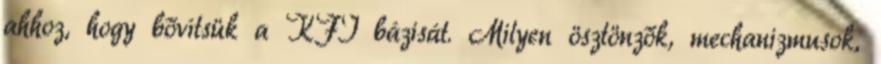
ahhoz, hogy bővítsük a KFI bázisát. Milyen ösztönzők, mechanizmusok,